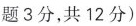
题3分，共12分)